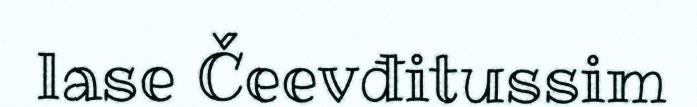
lase Čeevđitussim